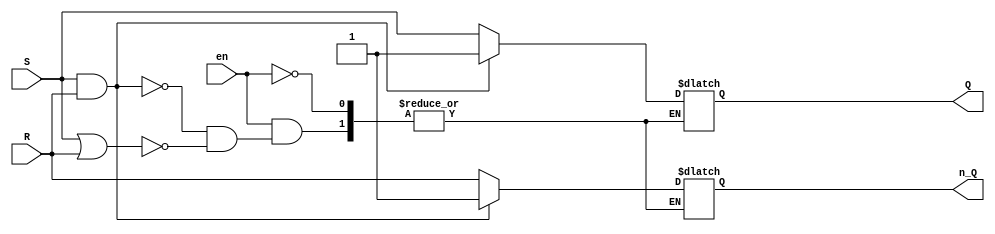
module SR (input S,input R,input en,output reg Q,output reg n_Q);
    always@(S,R,en) begin
        if (en) begin
            if(S && R) begin
                Q<=1;
                n_Q<=1;
            end
            else if (S || R) begin
                Q<=S;
                n_Q<=R;
            end
        end
    end
endmodule